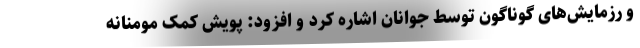
و رزمایش‌های گوناگون توسط جوانان اشاره کرد و افزود: پویش کمک مومنانه